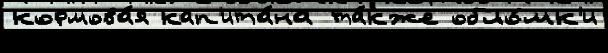
кормова́я кап'ита́на та́кже обло́мк'и